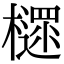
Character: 𣝋